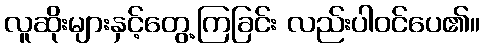
လူဆိုးများနှင့်တွေ့ကြခြင်း လည်းပါဝင်ပေ၏။